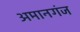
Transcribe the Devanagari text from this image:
अमानगंज